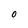
Character: O